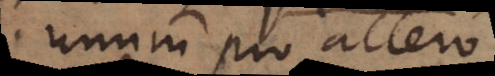
unum pro altero